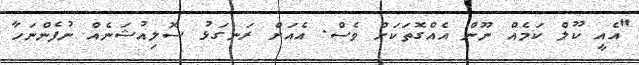
"އެއީ ކޫލް ކަމެއް ނޫން އެއްގޮތަކަށް ވެސް. އެއަށް ރަނގަޅު ސޮލިއުޝަނެއް ނުފެންނަހާ